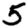
Digit: 5